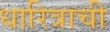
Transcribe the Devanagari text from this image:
धारित्राची